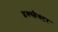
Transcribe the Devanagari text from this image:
इक्स्त्रैक्टर